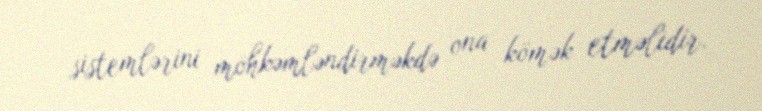
sistemlərini möhkəmləndirməkdə ona kömək etməlidir.